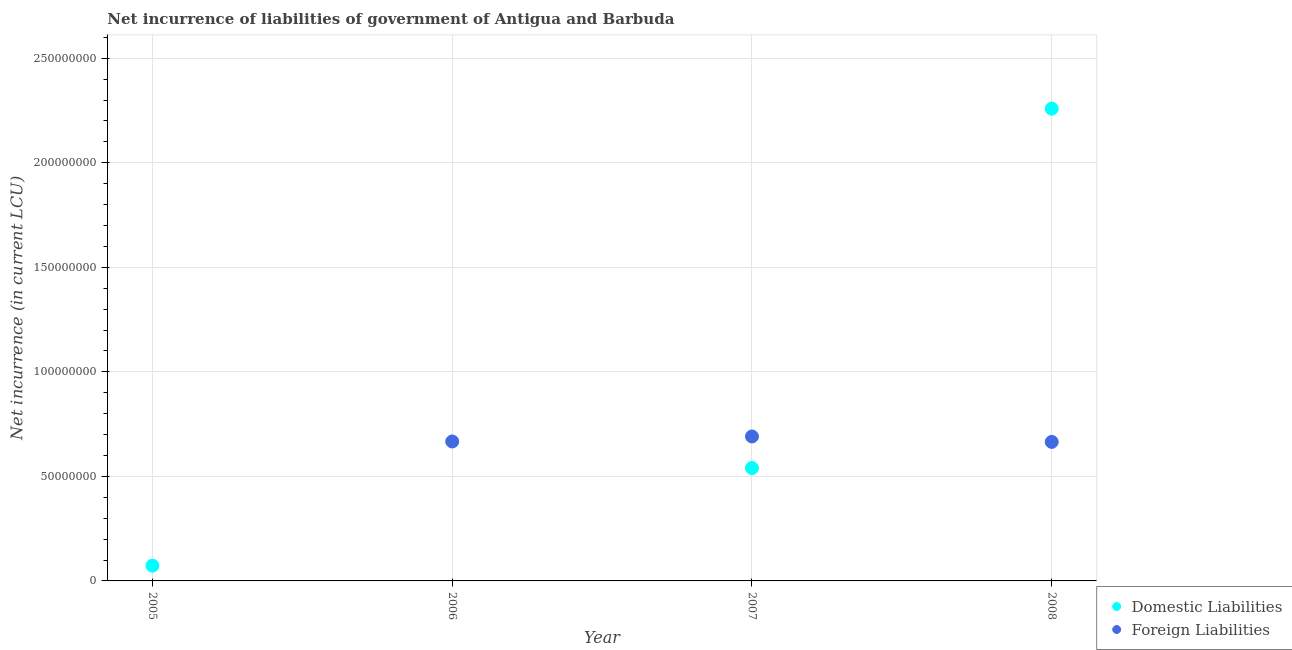
| Year | Domestic Liabilities | Foreign Liabilities |
 | --- | --- | --- |
 | 2005 | 7.3e+06 | -4.8e+08 |
 | 2006 | -5.82e+07 | 6.67e+07 |
 | 2007 | 5.4e+07 | 6.91e+07 |
 | 2008 | 2.26e+08 | 6.65e+07 |